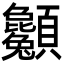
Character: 𩖌